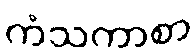
ကံသကာစာ